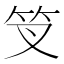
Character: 𥫢